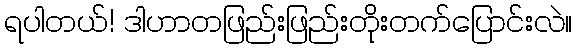
ရပါတယ်! ဒါဟာတဖြည်းဖြည်းတိုးတက်ပြောင်းလဲ။